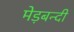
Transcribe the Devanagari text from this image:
मेड़बन्दी